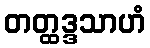
တတ္ထဒ္ဒသာဟံ